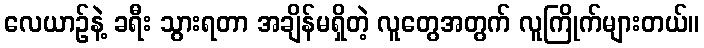
လေယာဉ်နဲ့ ခရီး သွားရတာ အချိန်မရှိတဲ့ လူတွေအတွက် လူကြိုက်များတယ်။